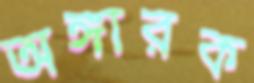
অঙ্গারক